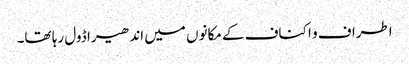
اطراف و اکناف کے مکانوں میں اندھیرا ڈول رہا تھا۔